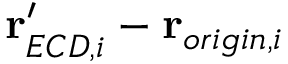
\mathbf { r } _ { E C D , i } ^ { \prime } - \mathbf { r } _ { o r i g i n , i }